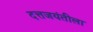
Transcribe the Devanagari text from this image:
दत्तजयंतीला